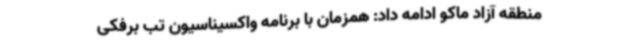
منطقه آزاد ماکو ادامه داد: همزمان با برنامه واکسیناسیون تب برفکی